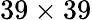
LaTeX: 39\times 39